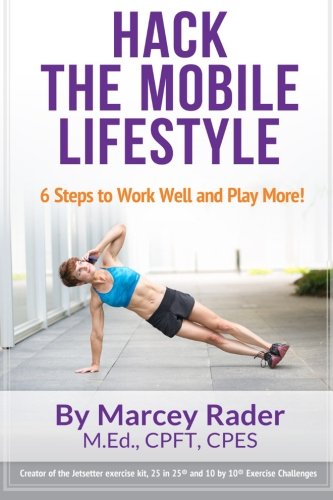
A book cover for Hack the Mobile Lifestyle: 6 Steps to Work Well and Play More!; Marcey Rader; Travel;